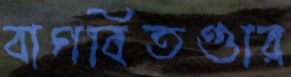
বাগবিতণ্ডার